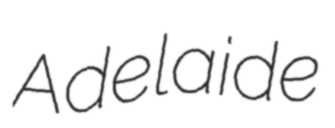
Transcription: Adelaide